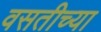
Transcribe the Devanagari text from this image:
वसतीच्या